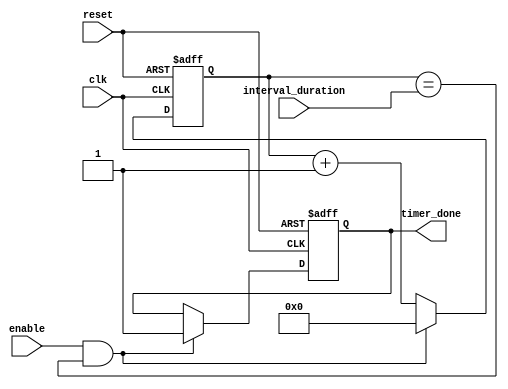
module Interval_Timer (
    input wire clk,
    input wire reset,
    input wire enable,
    input wire [31:0] interval_duration,
    output reg timer_done
);
    
reg [31:0] counter;

always @(posedge clk or posedge reset) begin
    if (reset) begin
        counter <= 32'h0;
        timer_done <= 1'b0;
    end else begin
        if (enable && (counter == interval_duration)) begin
            timer_done <= 1'b1;
            counter <= 32'h0;
        end else begin
            counter <= counter + 1;
        end
    end
end

endmodule